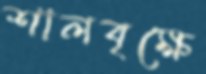
শালবৃক্ষে